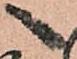
へ